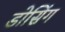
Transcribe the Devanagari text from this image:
डोसिंग